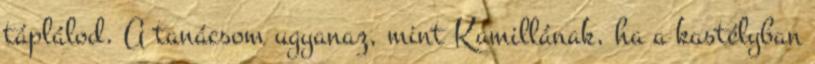
táplálod. A tanácsom ugyanaz, mint Kamillának, ha a kastélyban